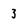
Character: 3